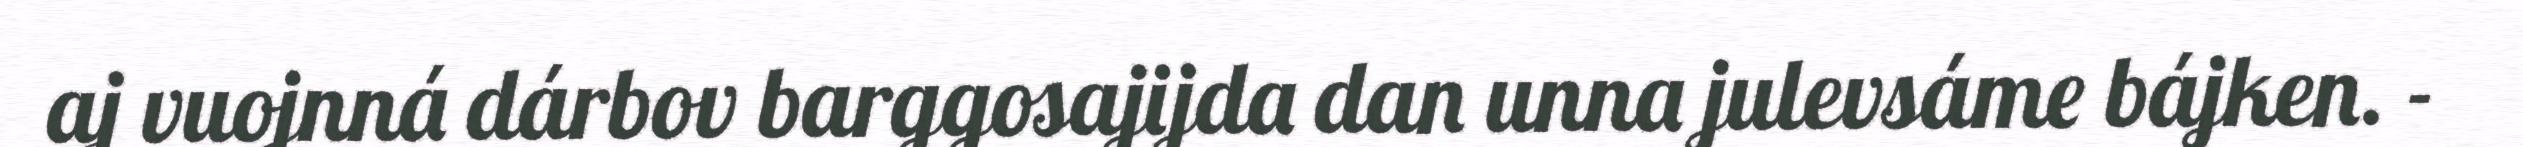
aj vuojnná dárbov barggosajijda dan unna julevsáme bájken. -